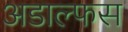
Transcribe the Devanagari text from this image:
अडाल्फस